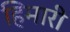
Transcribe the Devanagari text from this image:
हिमारी